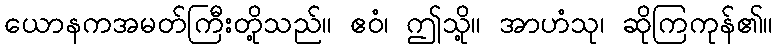
ယောနကအမတ်ကြီးတို့သည်။ ဧဝံ၊ ဤသို့။ အာဟံသု၊ ဆိုကြကုန်၏။